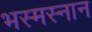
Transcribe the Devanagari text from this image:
भस्मस्नान